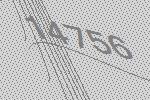
14756